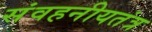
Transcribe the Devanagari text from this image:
संवहनीयतंत्र